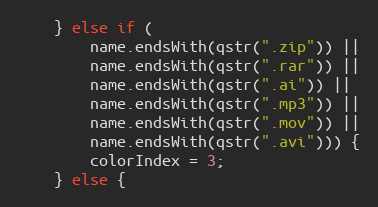
Language: C++
	} else if (
		name.endsWith(qstr(".zip")) ||
		name.endsWith(qstr(".rar")) ||
		name.endsWith(qstr(".ai")) ||
		name.endsWith(qstr(".mp3")) ||
		name.endsWith(qstr(".mov")) ||
		name.endsWith(qstr(".avi"))) {
		colorIndex = 3;
	} else {